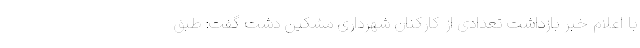
با اعلام خبر بازداشت تعدادی از کارکنان شهرداری مشکین دشت گفت: طبق